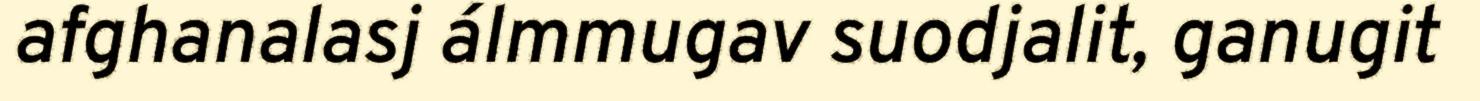
afghanalasj álmmugav suodjalit, ganugit